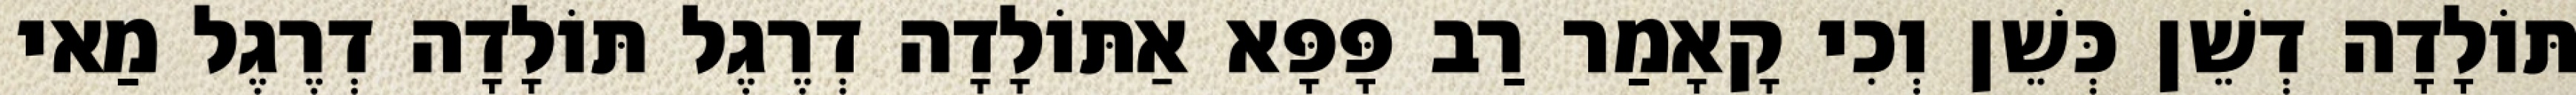
תּוֹלָדָה דְשֵׁן כְּשֵׁן וְכִי קָאָמַר רַב פָּפָּא אַתּוֹלָדָה דְרֶגֶל תּוֹלָדָה דְרֶגֶל מַאי